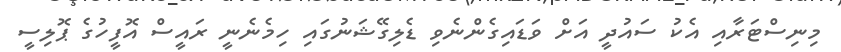
މިނިސްޓަރާއި އެކު ސައުދީ އަށް ވަޑައިގެންނެވި ޑެލިގޭޝަނުގައި ހިމެނެނީ ރައީސް އޮފީހުގެ ޕޮލިސީ